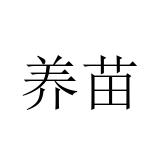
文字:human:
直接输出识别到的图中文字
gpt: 养苗